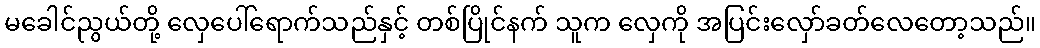
မခေါင်ညွယ်တို့ လှေပေါ်ရောက်သည်နှင့် တစ်ပြိုင်နက် သူက လှေကို အပြင်းလှော်ခတ်လေတော့သည်။